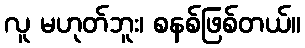
လူ မဟုတ်ဘူး၊ စနစ်ဖြစ်တယ်။